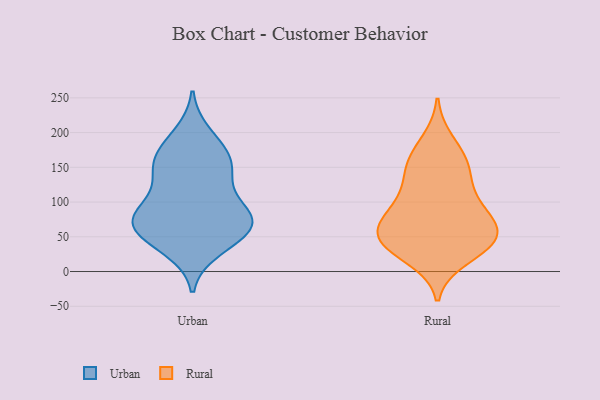
{"axis": {"x": "Website Visitors", "y": "Value"}, "legend": ["Rural", "Urban"], "data": [{"x": "", "y": 157, "type": "Urban"}, {"x": "", "y": 182, "type": "Urban"}, {"x": "", "y": 99, "type": "Urban"}, {"x": "", "y": 32, "type": "Urban"}, {"x": "", "y": 79, "type": "Urban"}, {"x": "", "y": 71, "type": "Urban"}, {"x": "", "y": 135, "type": "Urban"}, {"x": "", "y": 151, "type": "Urban"}, {"x": "", "y": 142, "type": "Urban"}, {"x": "", "y": 79, "type": "Urban"}, {"x": "", "y": 90, "type": "Urban"}, {"x": "", "y": 198, "type": "Urban"}, {"x": "", "y": 39, "type": "Urban"}, {"x": "", "y": 56, "type": "Urban"}, {"x": "", "y": 59, "type": "Urban"}, {"x": "", "y": 64, "type": "Urban"}, {"x": "", "y": 165, "type": "Urban"}, {"x": "", "y": 75, "type": "Urban"}, {"x": "", "y": 159, "type": "Rural"}, {"x": "", "y": 40, "type": "Rural"}, {"x": "", "y": 20, "type": "Rural"}, {"x": "", "y": 54, "type": "Rural"}, {"x": "", "y": 44, "type": "Rural"}, {"x": "", "y": 77, "type": "Rural"}, {"x": "", "y": 43, "type": "Rural"}, {"x": "", "y": 52, "type": "Rural"}, {"x": "", "y": 160, "type": "Rural"}, {"x": "", "y": 130, "type": "Rural"}, {"x": "", "y": 34, "type": "Rural"}, {"x": "", "y": 67, "type": "Rural"}, {"x": "", "y": 81, "type": "Rural"}, {"x": "", "y": 104, "type": "Rural"}, {"x": "", "y": 94, "type": "Rural"}, {"x": "", "y": 143, "type": "Rural"}, {"x": "", "y": 187, "type": "Rural"}]}